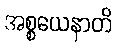
အစ္စယေနာတိ